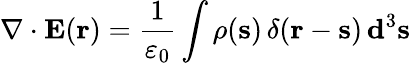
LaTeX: \nabla\cdot\mathbf{E}(\mathbf{r})={\frac{1}{\varepsilon_{0}}}\int\rho(\mathbf{s})\, \delta(\mathbf{r}-\mathbf{s})\, \mathbf{d}^{3}\mathbf{s}